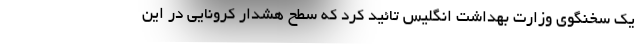
یک سخنگوی وزارت بهداشت انگلیس تائید کرد که سطح هشدار کرونایی در این